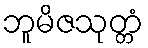
ဘူမိဇသုတ္တံ